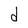
Character: d